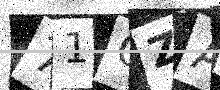
Text: 71OZAS